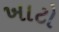
ખાટો